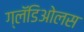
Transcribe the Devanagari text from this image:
ग्लॅडिओलस